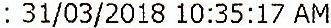
: 31/03/2018 10:35:17 AM